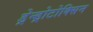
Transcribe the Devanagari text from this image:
ड्रेन्ड्रोटोक्सिन